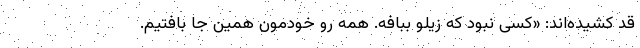
قد کشیده‌اند: «کسی نبود که زیلو ببافه. همه رو خودمون همین جا بافتیم.